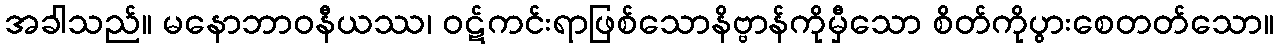
အခါသည်။ မနောဘာဝနီယဿ၊ ဝဋ်ကင်းရာဖြစ်သောနိဗ္ဗာန်ကိုမှီသော စိတ်ကိုပွားစေတတ်သော။